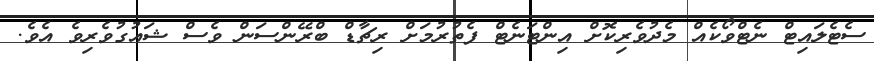
ސެޓެލައިޓް ނެޓްވޯކެއް މެދުވެރިކޮށް އިންޓަނެޓް ފެތުރުމަށް ރިޗާޑް ބްރޭންސަން ވެސް ޝައުގުވެރިވެ އެވެ.